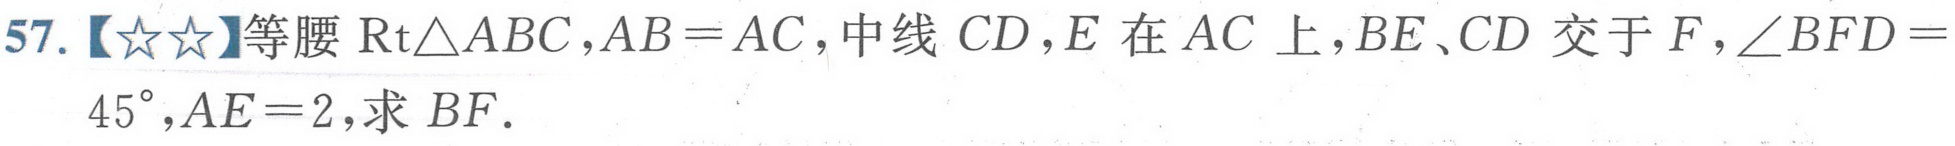
57.【★★】等腰\(\mathrm{Rt}\triangle ABC\)，\(AB = AC\)，中线 \(CD\)，\(E\) 在 \(AC\) 上，\(BE、CD\) 交于 \(F\)，\(\angle BFD = 45^{\circ}\)，\(AE = 2\)，求 \(BF\).